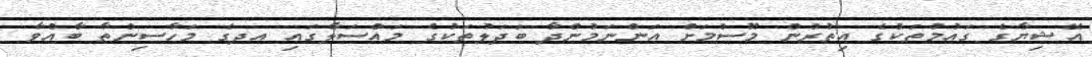
އޭޝިޔާގެ ގައުމުތަކުގެ އިތުރުން މޫސުމަށް އަންނަމުންދާ ބަދަލުތަކުގެ މައްސަލާގައި އދގެ މަހާސިންތާ ބާއްވާ